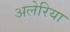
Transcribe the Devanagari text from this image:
अलेरिया